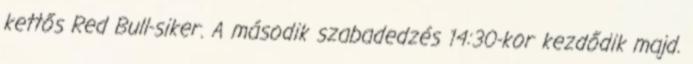
kettős Red Bull-siker. A második szabadedzés 14:30-kor kezdődik majd.